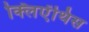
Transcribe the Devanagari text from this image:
क्लिऐंथिस